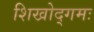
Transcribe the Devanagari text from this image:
शिखोद्गमः